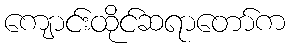
ကျောင်းထိုင်ဆရာတော်က